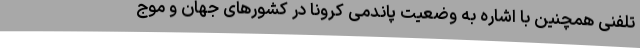
تلفنی همچنین با اشاره به وضعیت پاندمی کرونا در کشورهای جهان و موج